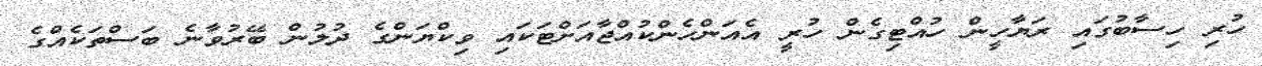
ހުރި ހިސާބުގައި ރަޔާހީން ހުއްޓިގެން ހުރީ އެއަންހެންކުއްޖާއަށްޓަކައި ވިކްޔަންގެ ދުލުން ބޭރުވާނެ ބަސްތަކެއްގެ